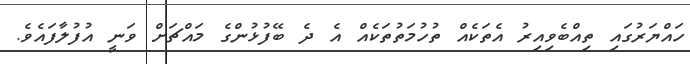
ހައްޔަރުގައި ތިއްބެވިއިރު އެތަކެއް ތުހުމަތުތަކެއް އެ ދެ ބޭފުޅުންގެ މައްޗަށް ވަނީ އުފުލާފައެވެ.